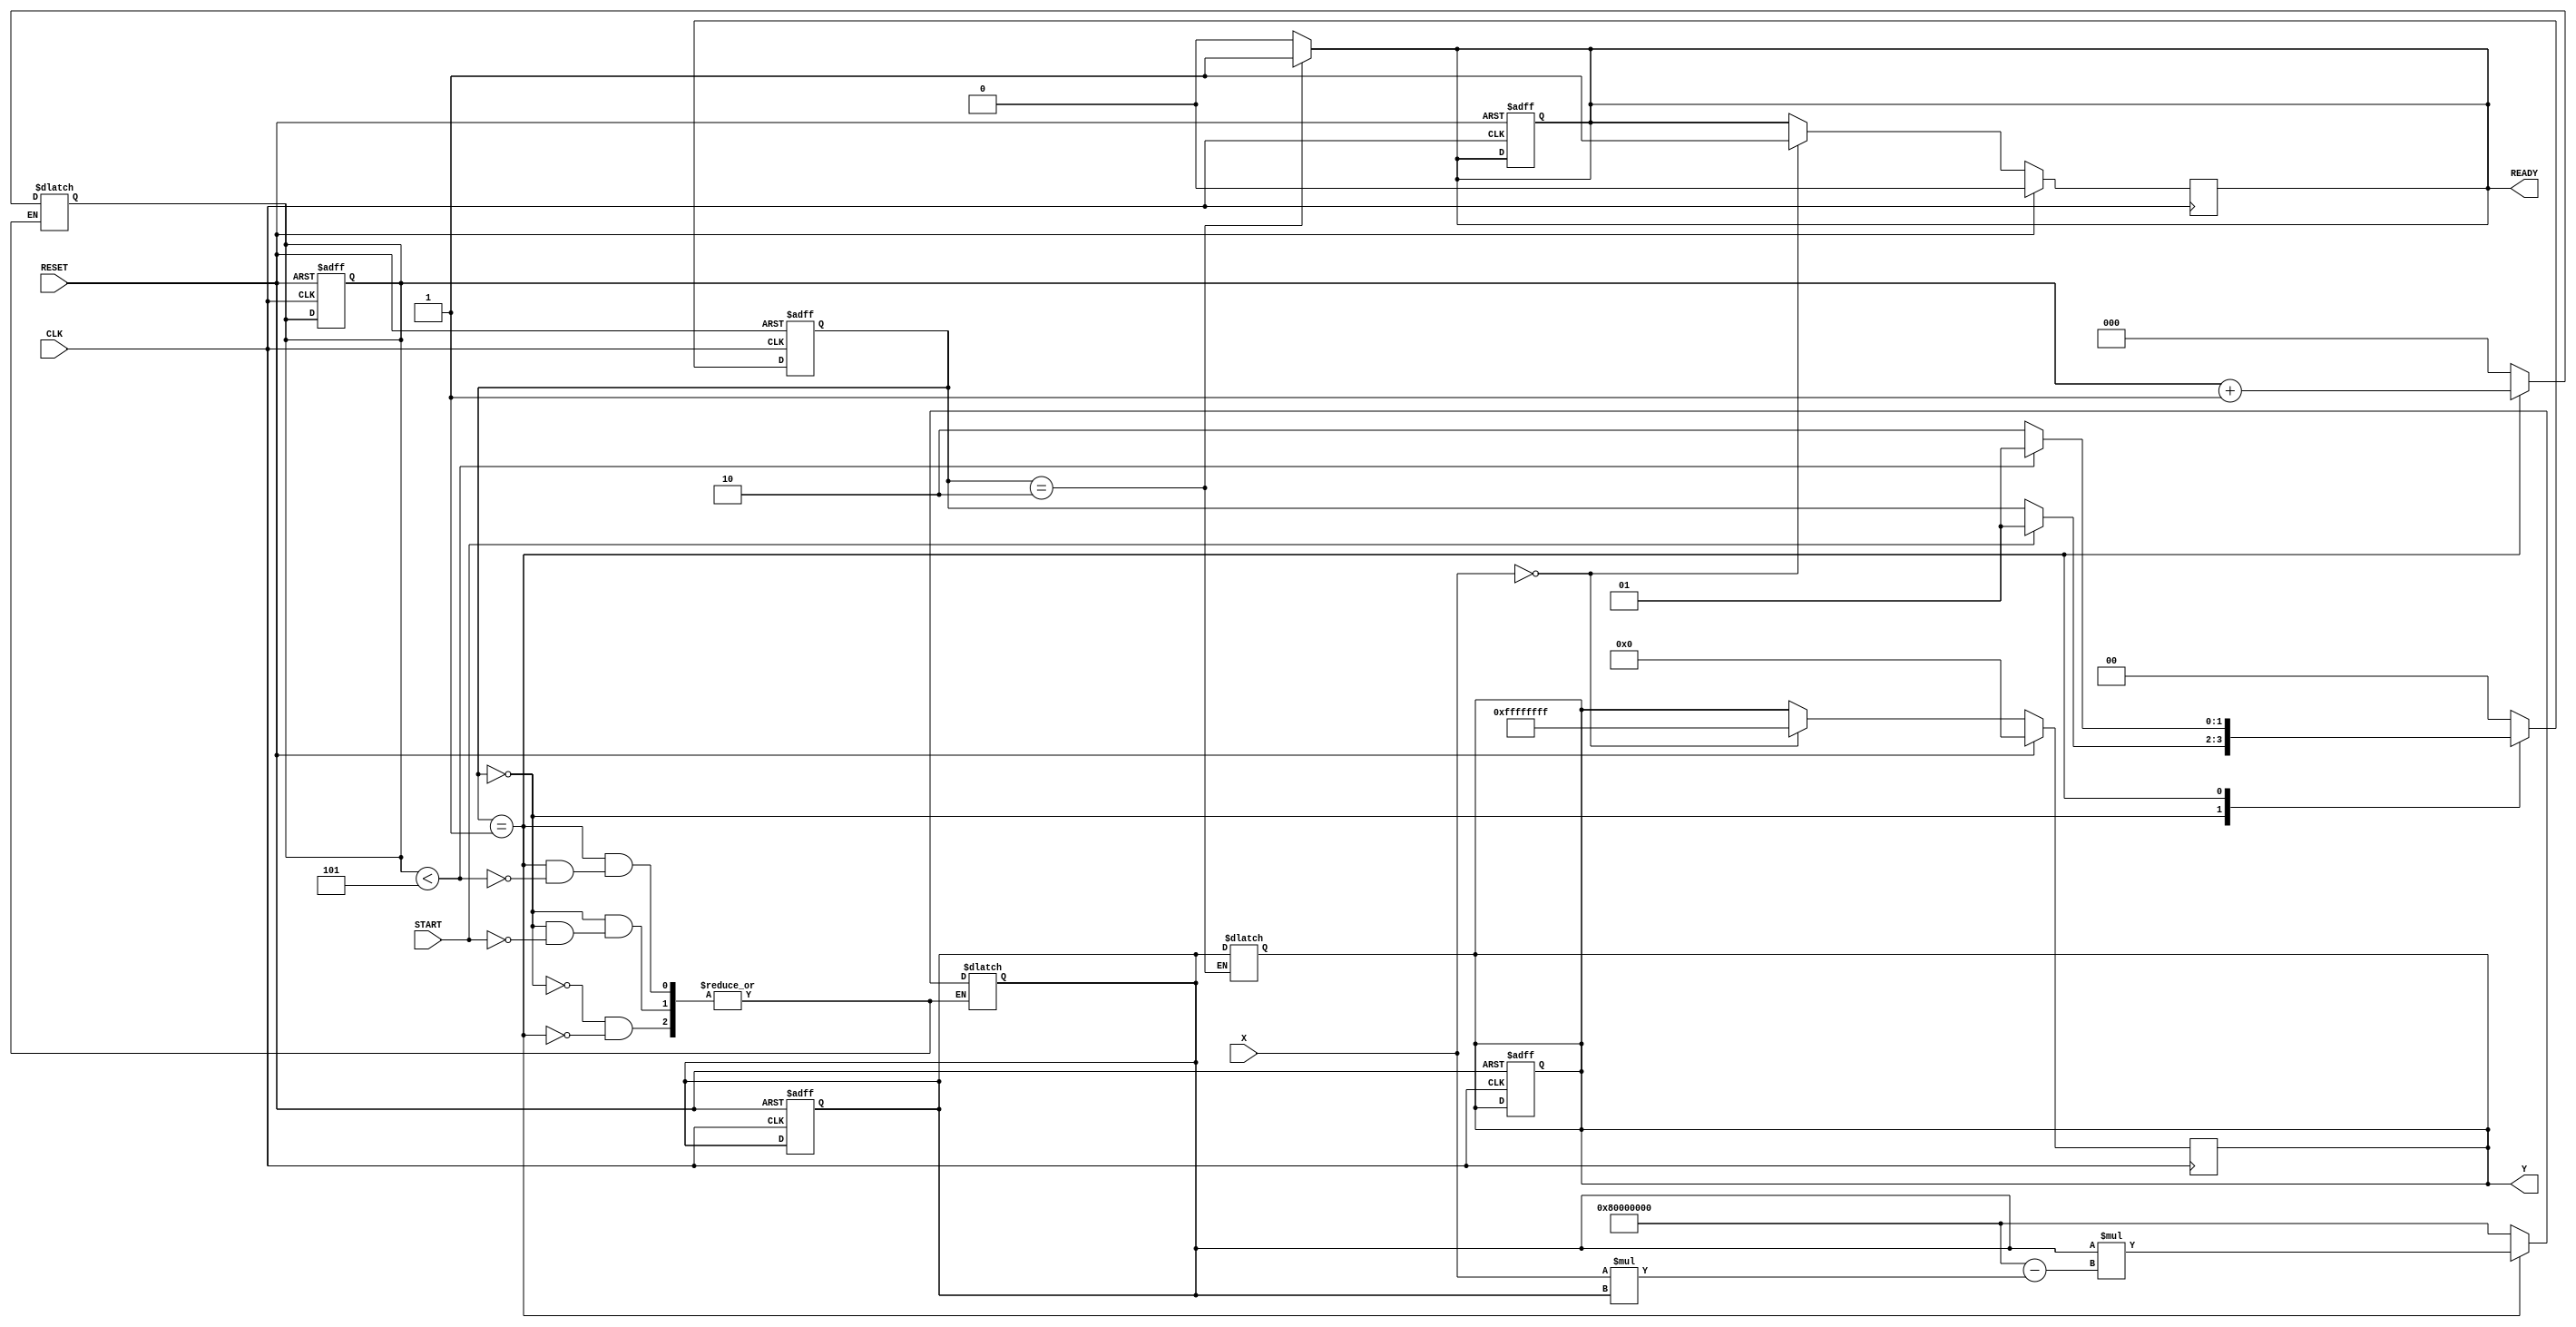
module newton_raphson_reciprocal (
    input  wire [31:0] X,      // Input data (fixed-point number)
    input  wire START,         // Start signal
    input  wire CLK,           // Clock signal
    input  wire RESET,         // Reset signal
    output reg  [31:0] Y,      // Output data (reciprocal)
    output reg  READY          // Ready signal
);

    // State encoding
    localparam IDLE    = 2'b00;
    localparam COMPUTE = 2'b01;
    localparam DONE    = 2'b10;

    // Internal signals
    reg [31:0] R;             // Current approximation of the reciprocal
    reg [1:0] state;         // Current state
    reg [1:0] next_state;    // Next state
    reg [2:0] iteration;      // Iteration counter (3 bits for up to 7 iterations)

    // Initial parameters for Newton-Raphson method
    wire [31:0] X_mul_R = X * R; // X * R
    wire [31:0] update = R * (32'h80000000 - X_mul_R); // R * (2 - X * R) with fixed-point adjustment

    // State transition
    always @(posedge CLK or posedge RESET) begin
        if (RESET) begin
            state <= IDLE;
            R <= 32'hFFFFFFFF; // Initial approximation (could be modified to a better one)
            Y <= 32'b0;
            READY <= 1'b0;
            iteration <= 3'b000;
        end
        else begin
            state <= next_state;
        end
    end

    // Next state logic and computation
    always @(*) begin
        next_state = state;
        case (state)
            IDLE: begin
                if (START) begin
                    R = 32'h80000000; // Initial approximation (1/X)
                    iteration = 3'b000;
                    next_state = COMPUTE;
                end
                READY = 1'b0;
            end

            COMPUTE: begin
                if (iteration < 3'b101) begin // Perform 5 iterations
                    R = update; // Update R
                    iteration = iteration + 1;
                    next_state = COMPUTE;
                end
                else begin
                    next_state = DONE;
                end
                READY = 1'b0;
            end

            DONE: begin
                Y = R; // Final approximation is ready
                READY = 1'b1;
                next_state = IDLE; // Go back to IDLE after completion
            end

            default: begin
                next_state = IDLE;
                READY = 1'b0;
            end
        endcase
    end

    // Handle division by zero and invalid input
    always @(posedge CLK) begin
        if (RESET) begin
            Y <= 32'b0;
            READY <= 1'b0;
        end
        else if (X == 32'b0) begin // Division by zero case
            Y <= 32'hFFFFFFFF; // This could represent infinity or error
            READY <= 1'b1;
        end
    end

endmodule